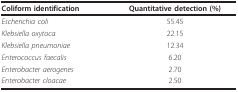
<table><thead><tr><td><b>Coliform identification</b></td><td><b>Quantitative detection (%)</b></td></tr></thead><tbody><tr><td><i>Escherichia coli </i></td><td>55.45</td></tr><tr><td><i>Klebsiella oxytoca</i></td><td>22.15</td></tr><tr><td><i>Klebsiella pneumoniae</i></td><td>12.34</td></tr><tr><td><i>Enterococcus faecalis </i></td><td>6.20</td></tr><tr><td><i>Enterobacter aerogenes</i></td><td>2.70</td></tr><tr><td><i>Enterobacter cloacae</i></td><td>2.50</td></tr></tbody></table>